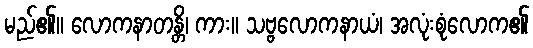
မည်၏။ လောကနာတန္တိ၊ ကား။ သဗ္ဗလောကနာယံ၊ အလုံးစုံလောက၏